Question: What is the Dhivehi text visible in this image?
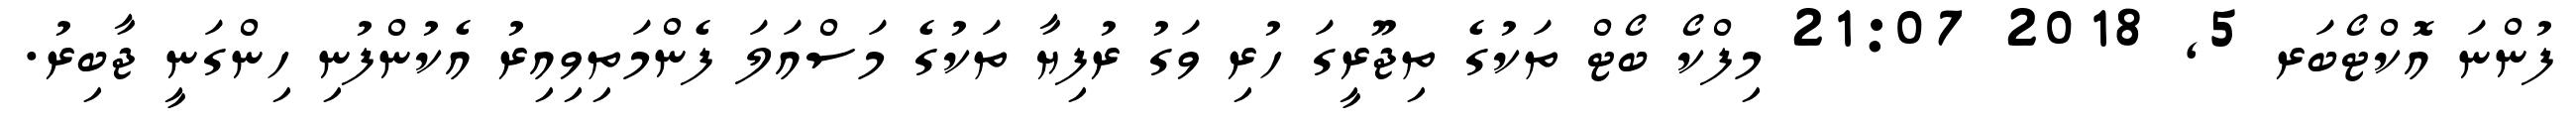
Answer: ފުންނަ އޮކްޓޯބަރ 5, 2018 21:07 މިފްކޯ ބޯޓް ތަކުގެ ތިޖޫރީގަ ހުރި ވަގު ރުފިޔާ ތަކުގެ މަސްއަލަ ފެންމަތިވިއިރު އެކުންފުނި ހިންގަނީ ޖާބިރު.